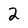
Character: 2